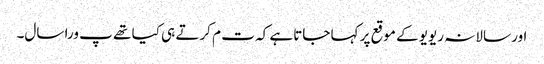
اور سالانہ ریویو کے موقع پر کہا جاتاہے کہ ت م کرتے ہی کیا تھے پ ورا سال۔